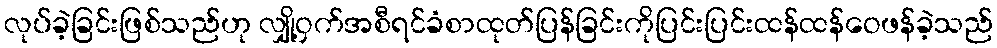
လုပ်ခဲ့ခြင်းဖြစ်သည်ဟု လျှို့ဝှက်အစီရင်ခံစာထုတ်ပြန်ခြင်းကိုပြင်းပြင်းထန်ထန်ဝေဖန်ခဲ့သည်